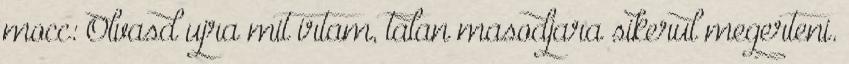
mocc: Olvasd ujra mit irtam, talan masodjara sikerul megerteni.